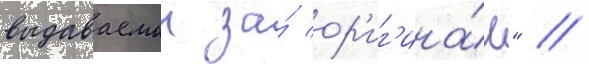
выдаваемои за́ ор'иг'ина́л" /